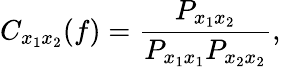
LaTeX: C_{x_{1}x_{2}}(f)=\frac{P_{x_{1}x_{2}}}{P_{x_{1}x_{1}}P_{x_{2}x_{2}}},